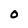
Character: O